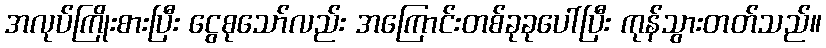
အလုပ်ကြိုးစားပြီး ငွေစုသော်လည်း အကြောင်းတစ်ခုခုပေါ်ပြီး ကုန်သွားတတ်သည်။